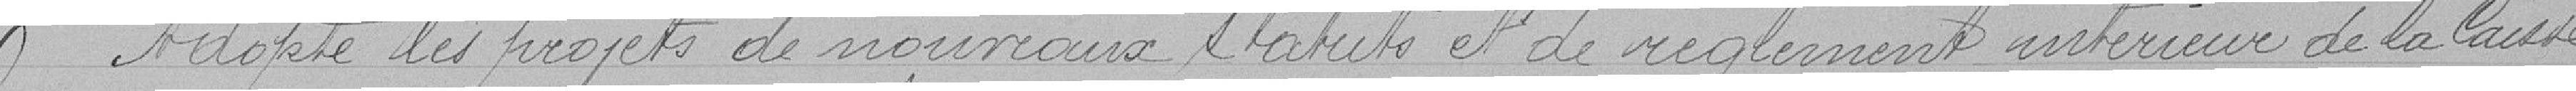
Adopte les projets de nouveaux statuts et de règlement intérieur de la Caisse